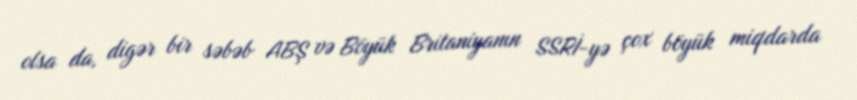
olsa da, digər bir səbəb ABŞ və Böyük Britaniyanın SSRİ-yə çox böyük miqdarda